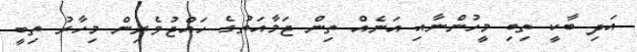
އަދި ބާކީ ތިބި މީހުންނާއި އަނެއް ތިން ޖަމާއަތުގެ ހައްޖުވެރިން މިހާރު ތިބީ